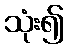
သုံး၍